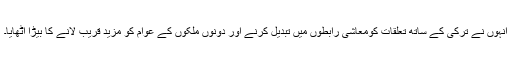
اُنہوں نے ترکی کے ساتھ تعلقات کومعاشی رابطوں میں تبدیل کرنے اور دونوں ملکوں کے عوام کو مزید قریب لانے کا بیڑا اُٹھایا۔